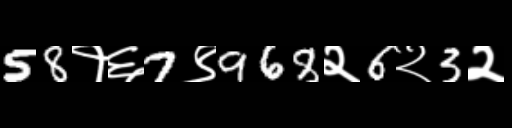
Text: 58१६7९968२6२3२